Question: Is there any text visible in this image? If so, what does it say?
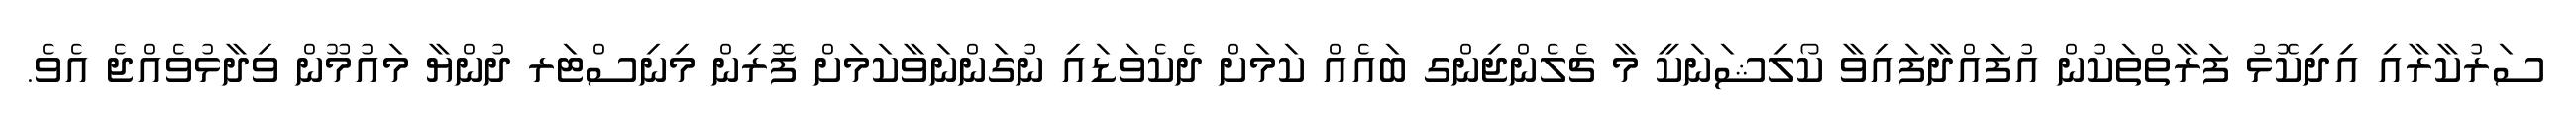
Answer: ސަރުކާރާއި އިދިކޮޅު ފަރާތްތަކުން އުފައްދާފައިވާ ކޯލިޝަނަކީ މާ ޗެލެންޖިންގ ބައެއް ކަމަށް ދެކެވަޑައި ނުގަންނަވާކަމަށް ފޮރިން މިނިސްޓަރ ދުންޔާ މައުމޫން ވިދާޅުވެއްޖެ އެވެ.